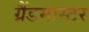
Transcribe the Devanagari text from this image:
ग्रैंडमास्‍टर